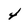
Character: 4